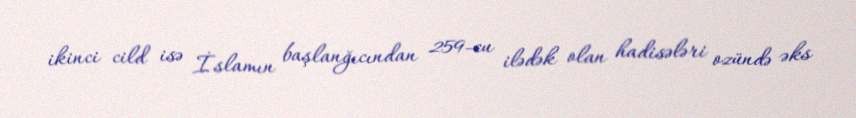
ikinci cild isə İslamın başlanğıcından 259-cu ilədək olan hadisələri ozündə əks